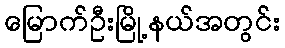
မြောက်ဦးမြို့နယ်အတွင်း